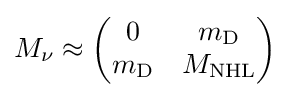
M_{\nu }\approx {\begin{pmatrix}0&m_{\text{D}}\\m_{\text{D}}&M_{\text{NHL}}\end{pmatrix}}